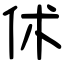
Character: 𠇲